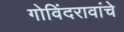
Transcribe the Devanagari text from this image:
गोविंदरावांचे